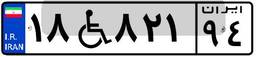
۱۸W۸۲۱۹۴